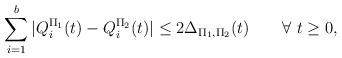
LaTeX: \begin{align*}\sum_{i=1}^b |Q_i^{\Pi_1}(t)-Q_i^{\Pi_2}(t)|\leq 2\Delta_{\Pi_1,\Pi_2}(t)\qquad\forall\ t\geq 0,\end{align*}